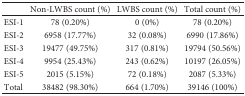
<table><thead><tr><td></td><td><b>Non-LWBS count (%)</b></td><td><b>LWBS count (%)</b></td><td><b>Total count (%)</b></td></tr></thead><tbody><tr><td>ESI-1</td><td>78 (0.20%)</td><td>0 (0%)</td><td>78 (0.20%)</td></tr><tr><td>ESI-2</td><td>6958 (17.77%)</td><td>32 (0.08%)</td><td>6990 (17.86%)</td></tr><tr><td>ESI-3</td><td>19477 (49.75%)</td><td>317 (0.81%)</td><td>19794 (50.56%)</td></tr><tr><td>ESI-4</td><td>9954 (25.43%)</td><td>243 (0.62%)</td><td>10197 (26.05%)</td></tr><tr><td>ESI-5</td><td>2015 (5.15%)</td><td>72 (0.18%)</td><td>2087 (5.33%)</td></tr><tr><td>Total</td><td>38482 (98.30%)</td><td>664 (1.70%)</td><td>39146 (100%)</td></tr></tbody></table>